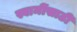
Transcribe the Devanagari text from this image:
स्वामींसाठी